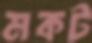
মকট